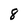
Character: 8